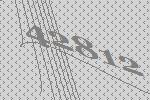
42812